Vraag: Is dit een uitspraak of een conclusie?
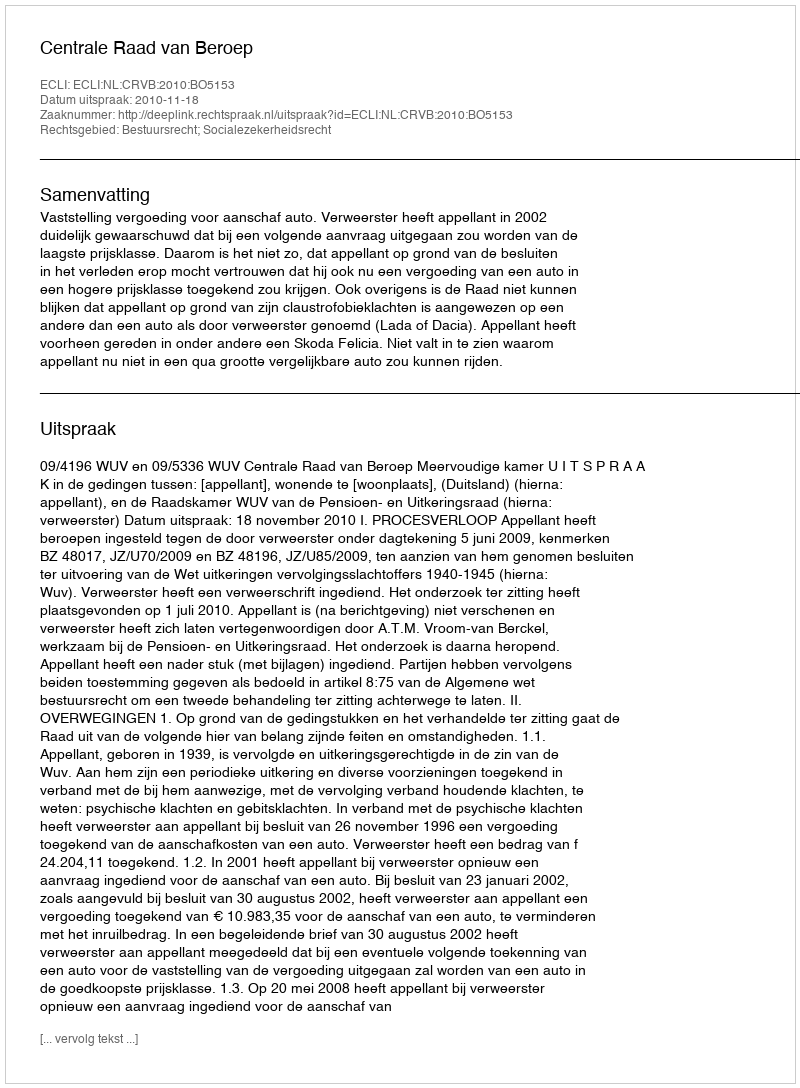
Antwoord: Uitspraak